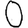
Digit: 0